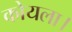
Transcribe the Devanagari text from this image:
कोयला।